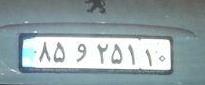
۸۵و۲۵۱۱۰